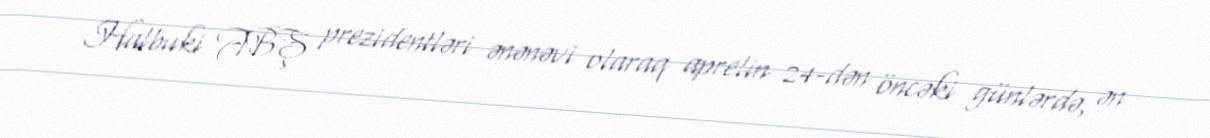
Halbuki ABŞ prezidentləri ənənəvi olaraq aprelin 24-dən öncəki günlərdə, ən